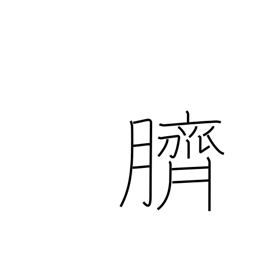
Meaning: navel